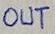
Text: OUT